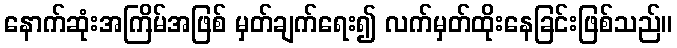
နောက်ဆုံးအကြိမ်အဖြစ် မှတ်ချက်ရေး၍ လက်မှတ်ထိုးနေခြင်းဖြစ်သည်။